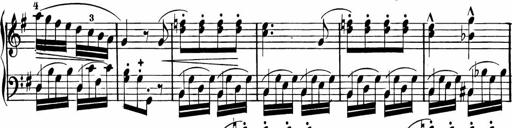
Title: Rosen ohne Dornen
Composer: Gustav Lange